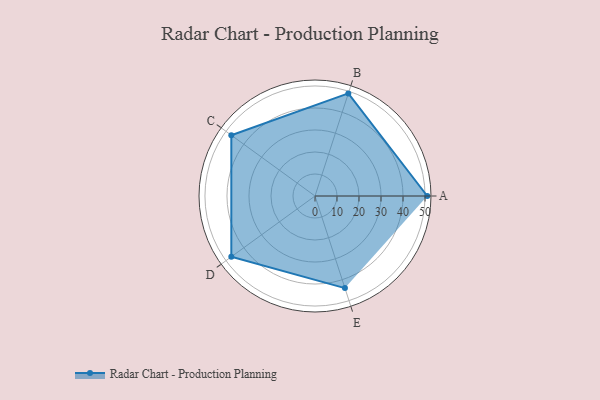
{"axis": {"x": "Skill", "y": "Score"}, "legend": ["Profile"], "data": [{"x": "A", "y": 51.0, "type": "Profile"}, {"x": "B", "y": 49.0, "type": "Profile"}, {"x": "C", "y": 47.0, "type": "Profile"}, {"x": "D", "y": 47.0, "type": "Profile"}, {"x": "E", "y": 44.0, "type": "Profile"}]}